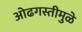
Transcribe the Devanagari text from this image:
ओढगस्तीमुळे